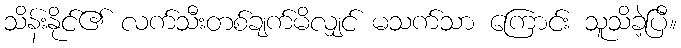
သိန်းနိုင်၏ လက်သီးတစ်ချက်မိလျှင် မသက်သာ ကြောင်း သူသိခဲ့ပြီ။